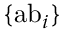
\{ { \mathrm { a b } } _ { i } \}